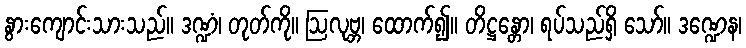
နွားကျောင်းသားသည်။ ဒဏ္ဍံ၊ တုတ်ကို။ ဩလုဗ္ဘ၊ ထောက်၍။ တိဋ္ဌန္တော၊ ရပ်သည်ရှိ သော်။ ဒဏ္ဍေန၊